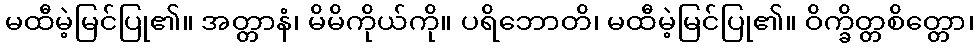
မထီမဲ့မြင်ပြု၏။ အတ္တာနံ၊ မိမိကိုယ်ကို။ ပရိဘောတိ၊ မထီမဲ့မြင်ပြု၏။ ဝိက္ခိတ္တစိတ္တော၊